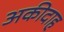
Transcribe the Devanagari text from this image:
अकीदाह